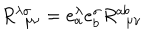
R _ { \ \ \mu \nu } ^ { \lambda \sigma } = e _ { a } ^ { \lambda } e _ { b } ^ { \sigma } R _ { \ \ \mu \nu } ^ { a b }